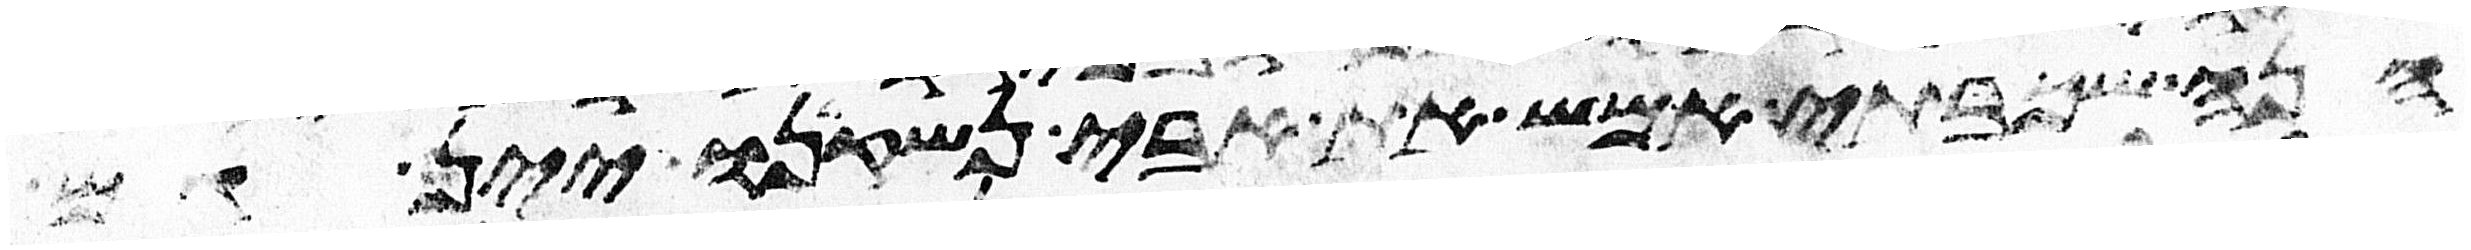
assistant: הנה שכבתי אמש את אבי נשקינו יין